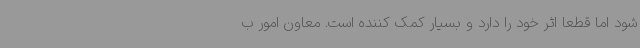
شود اما قطعاً اثر خود را دارد و بسیار کمک کننده است. معاون امور ب